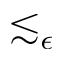
\lesssim _ { \epsilon }